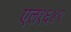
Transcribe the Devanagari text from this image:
एल१६४९